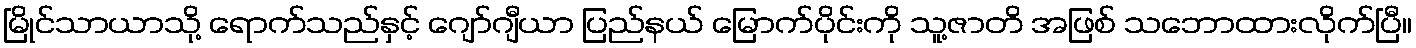
မြိုင်သာယာသို့ ရောက်သည်နှင့် ဂျော်ဂျီယာ ပြည်နယ် မြောက်ပိုင်းကို သူ့ဇာတိ အဖြစ် သဘောထားလိုက်ပြီ။